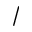
/